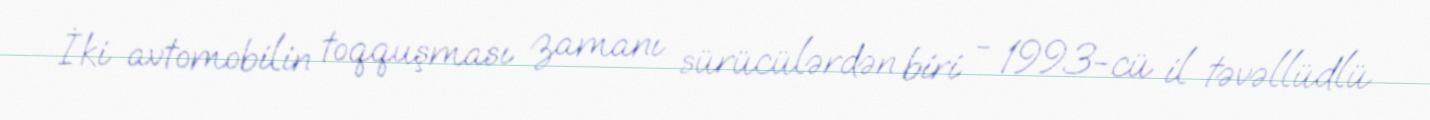
İki avtomobilin toqquşması zamanı sürücülərdən biri - 1993-cü il təvəllüdlü